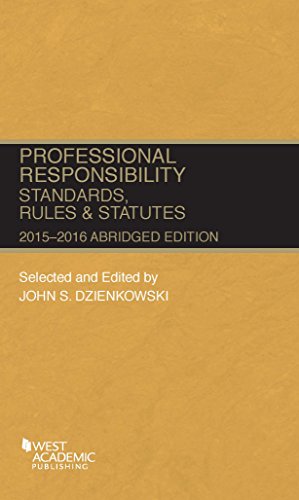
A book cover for Professional Responsibility, Standards, Rules and Statutes (Selected Statutes); John Dzienkowski; Law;